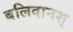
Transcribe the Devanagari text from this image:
बलिदानश्